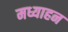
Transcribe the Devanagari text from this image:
मध्याहन